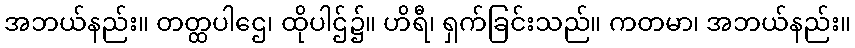
အဘယ်နည်း။ တတ္ထပါဌေ၊ ထိုပါဌ်၌။ ဟိရီ၊ ရှက်ခြင်းသည်။ ကတမာ၊ အဘယ်နည်း။